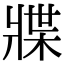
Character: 牃